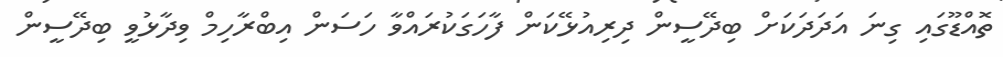
ތޮއްޑޫގައި ގިނަ އަދަދަކަށް ބިދޭސީން ދިރިއުޅޭކަން ފާހަގަކުރައްވާ ހަސަން އިބްރާހިމް ވިދާޅުވީ ބިދޭސީން